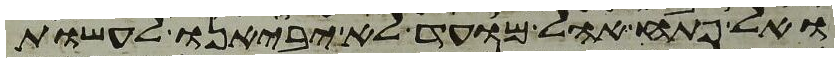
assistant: ואל פתח אהל מועד לא יביאנו לעשות